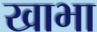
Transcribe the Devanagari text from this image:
खाभा